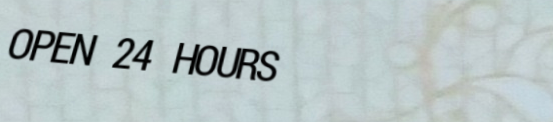
OPEN 24 HOURS